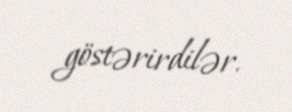
göstərirdilər.